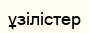
ұзілістер